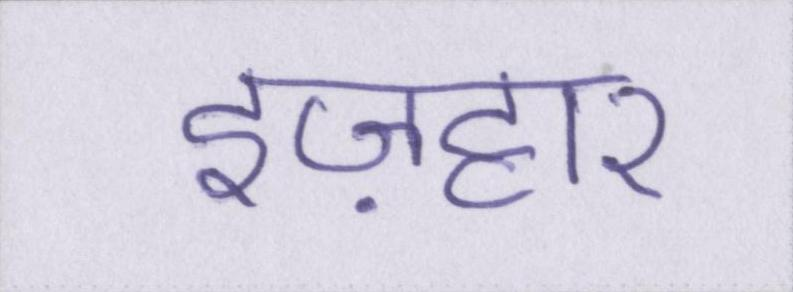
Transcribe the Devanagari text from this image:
इज़हार